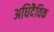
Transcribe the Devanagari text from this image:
अधिदैविक